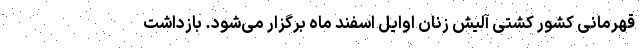
قهرمانی کشور کشتی آلیش زنان اوایل اسفند ماه برگزار می‌شود. بازداشت